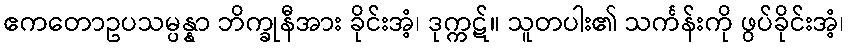
ဧကတောဥပသမ္ပန္နာ ဘိက္ခုနီအား ခိုင်းအံ့၊ ဒုက္ကဋ်။ သူတပါး၏ သင်္ကန်းကို ဖွပ်ခိုင်းအံ့၊